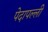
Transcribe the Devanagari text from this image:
पेदापल्ली